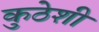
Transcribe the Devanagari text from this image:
कुठेशी